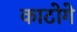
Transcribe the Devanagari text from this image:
काटोगे